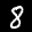
Label: 8